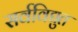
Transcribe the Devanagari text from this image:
सर्वविद्युत